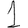
Digit: 1